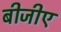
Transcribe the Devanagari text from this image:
बीजीए